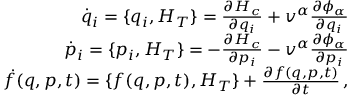
\begin{array} { r } { \dot { q } _ { i } = \{ q _ { i } , H _ { T } \} = \frac { \partial H _ { c } } { \partial q _ { i } } + v ^ { \alpha } \frac { \partial \phi _ { \alpha } } { \partial q _ { i } } } \\ { \dot { p } _ { i } = \{ p _ { i } , H _ { T } \} = - \frac { \partial H _ { c } } { \partial p _ { i } } - v ^ { \alpha } \frac { \partial \phi _ { \alpha } } { \partial p _ { i } } } \\ { \dot { f } ( q , p , t ) = \{ f ( q , p , t ) , H _ { T } \} + \frac { \partial f ( q , p , t ) } { \partial t } \, , } \end{array}